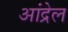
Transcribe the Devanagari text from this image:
आंद्रेल